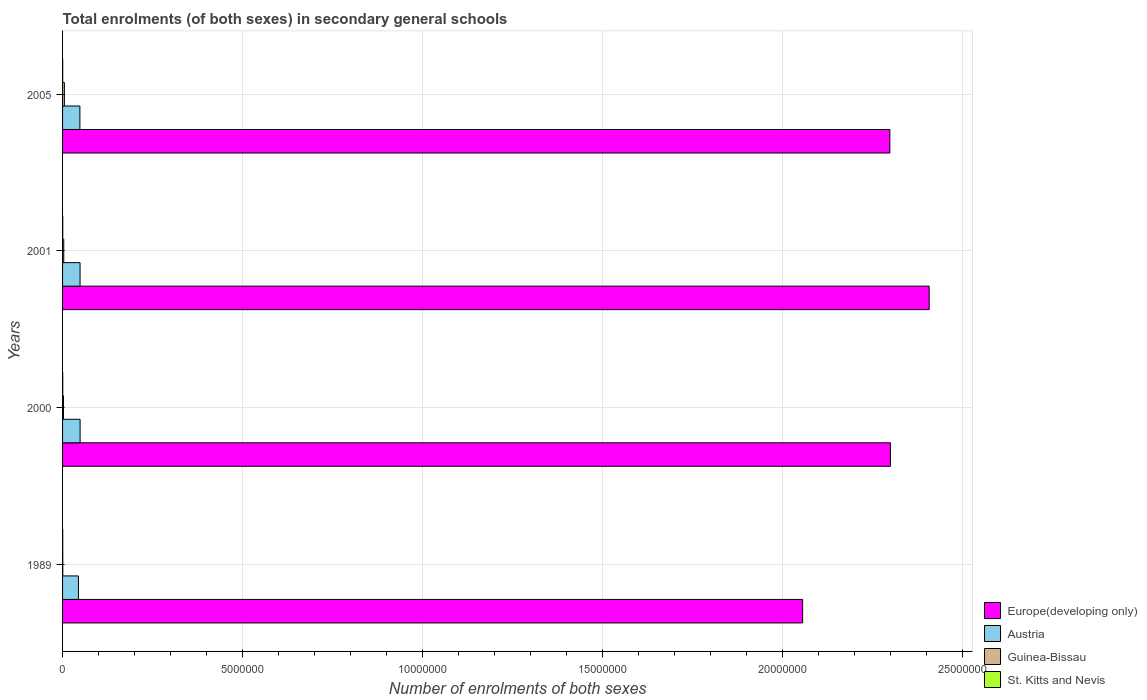
| Years | Europe(developing only) | Austria | Guinea-Bissau | St. Kitts and Nevis |
 | --- | --- | --- | --- | --- |
 | 1989 | 2.06e+07 | 4.41e+05 | 5.50e+03 | 4.2e+03 |
 | 2000 | 2.3e+07 | 4.87e+05 | 2.49e+04 | 4.77e+03 |
 | 2001 | 2.41e+07 | 4.86e+05 | 3.3e+04 | 4.62e+03 |
 | 2005 | 2.3e+07 | 4.81e+05 | 5.05e+04 | 3.94e+03 |